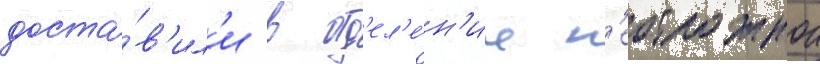
доста́в'ил'и в отд'ел'е́н'ие н'еотложнои